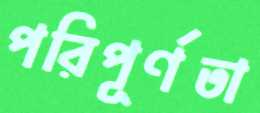
পরিপূর্ণতা